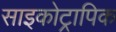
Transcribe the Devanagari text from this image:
साइकोट्रापिक